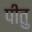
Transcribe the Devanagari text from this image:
पीतु